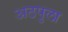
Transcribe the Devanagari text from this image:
अठपुला